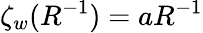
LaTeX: \zeta_{w}(R^{-1})=aR^{-1}